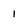
Character: 1